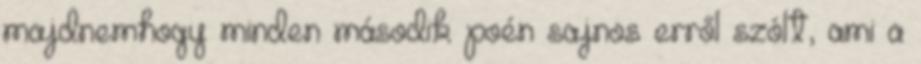
majdnemhogy minden második poén sajnos erről szólt, ami a